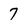
Character: 7